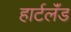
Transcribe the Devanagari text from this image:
हार्टलॅंड